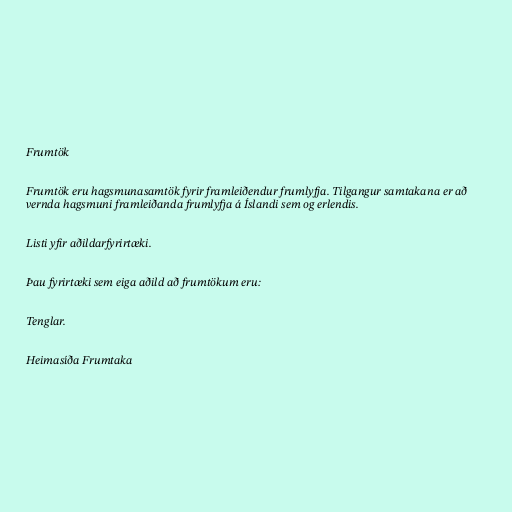
Frumtök

Frumtök eru hagsmunasamtök fyrir framleiðendur frumlyfja. Tilgangur samtakana er að
vernda hagsmuni framleiðanda frumlyfja á Íslandi sem og erlendis.

Listi yfir aðildarfyrirtæki.

Þau fyrirtæki sem eiga aðild að frumtökum eru:

Tenglar.

Heimasíða Frumtaka